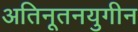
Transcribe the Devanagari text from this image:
अतिनूतनयुगीन